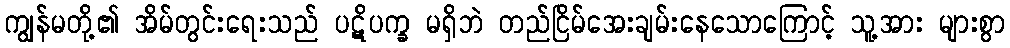
ကျွန်မတို့၏ အိမ်တွင်းရေးသည် ပဋိပက္ခ မရှိဘဲ တည်ငြိမ်အေးချမ်းနေသောကြောင့် သူ့အား များစွာ